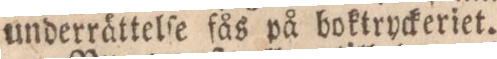
underrättelſe fås på boktryckeriet.